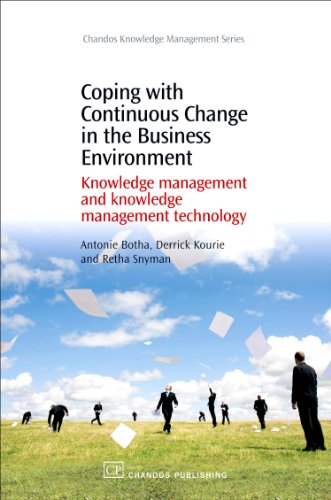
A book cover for Coping with Continuous Change in the Business Environment: Knowledge Management and Knowledge Management Technology (Chandos Knowledge Management); Antonie Botha; Business & Money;